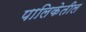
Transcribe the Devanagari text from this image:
पालिकेतील